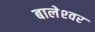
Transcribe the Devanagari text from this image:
बालेश्‍वर